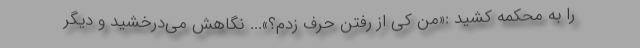
را به محکمه کشید :«من کی از رفتن حرف زدم؟»... نگاهش می‌درخشید و دیگر